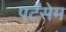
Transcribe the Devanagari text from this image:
पर्टसेम